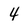
Character: 4